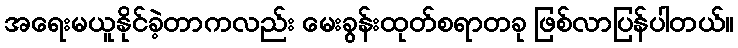
အရေးမယူနိုင်ခဲ့တာကလည်း မေးခွန်းထုတ်စရာတခု ဖြစ်လာပြန်ပါတယ်။